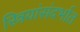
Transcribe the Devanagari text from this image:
स्त्रियांसंदर्भात